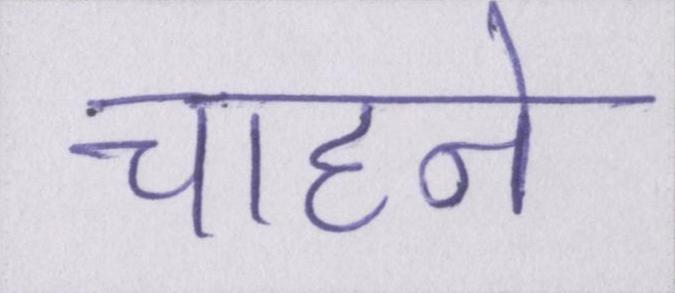
चाहने